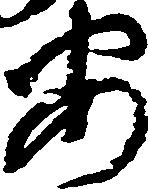
安